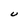
Character: U